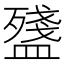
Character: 𥂫